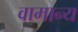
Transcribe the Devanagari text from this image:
वामान्य